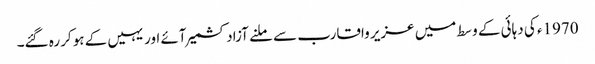
1970ء کی دہائی کے وسط میں عزیر واقارب سے ملنے آزادکشمیر آئے اور یہیں کے ہوکر رہ گئے۔